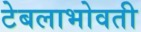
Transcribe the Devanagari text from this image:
टेबलाभोवती